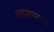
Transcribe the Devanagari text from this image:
आइशमनला